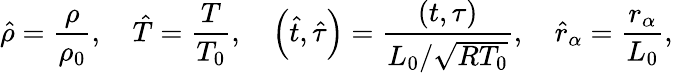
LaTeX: \hat{\rho}=\frac{\rho}{{{\rho_{0}}}},\quad\hat{T}=\frac{T}{{{T_{0}}}},\quad\left({\hat{t},\hat{\tau}}\right)=\frac{{\left({t,\tau}\right)}}{{L_{0}/\sqrt{R{T_{0}}}}},\quad{\hat{r}_{\alpha}}=\frac{{{r_{\alpha}}}}{{{L_{0}}}},